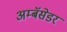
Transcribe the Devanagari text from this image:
अम्बॅसेडर